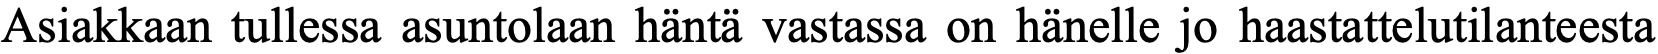
Asiakkaan tullessa asuntolaan häntä vastassa on hänelle jo haastattelutilanteesta